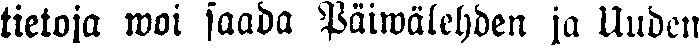
tietoja woi saada Päiwälehden ja Uuden